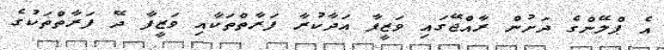
އެ ޕްލޭންގެ ދަށުން ރާއްޖޭގައި ވަޒީފާ އަދާކުރާ ފަރާތްތަކާއި ވަޒީފާ ދޭ ފަރާތްތަކުގެ